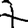
Digit: 7